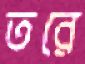
তরে